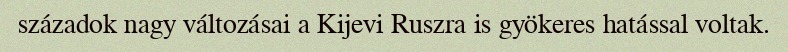
századok nagy változásai a Kijevi Ruszra is gyökeres hatással voltak.